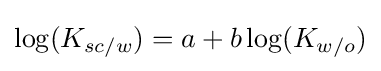
\log(K_{sc/w})=a+b\log(K_{w/o})